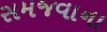
સમજવાના